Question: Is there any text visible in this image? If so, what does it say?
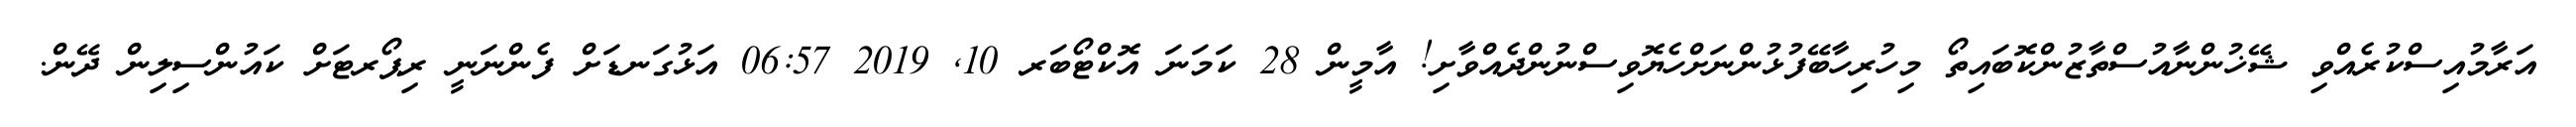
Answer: އަރާމުއިސްކުރެއްވި ޝޭޚުންނާއުސްތާޒުންކޮބައިތޯ މިހުރިހާބޭފުޅުންނަށްހެޔޮވިސްނުންދެއްވާށި! އާމީން 28 ކަމަނަ އޮކްޓޯބަރ 10, 2019 06:57 އަޅުގަނޑަށް ފެންނަނީ ރިޕޯރޓަށް ކައުންސިލިން ދޭން.